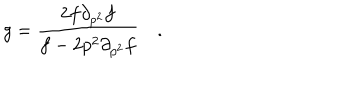
LaTeX: g = \frac { 2 f \partial _ { p ^ { 2 } } f } { f - 2 p ^ { 2 } \partial _ { p ^ { 2 } } f } \quad .